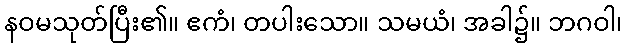
နဝမသုတ်ပြီး၏။ ဧကံ၊ တပါးသော။ သမယံ၊ အခါ၌။ ဘဂဝါ၊